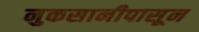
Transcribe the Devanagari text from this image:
नुकसानीपासून